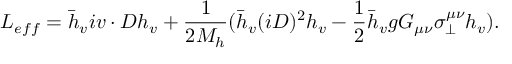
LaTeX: L _ { e f f } = \bar { h } _ { v } i v \cdot D h _ { v } + \frac { 1 } { 2 M _ { h } } ( \bar { h } _ { v } ( i D ) ^ { 2 } h _ { v } - \frac { 1 } { 2 } \bar { h } _ { v } g G _ { \mu \nu } \sigma _ { \bot } ^ { \mu \nu } h _ { v } ) .